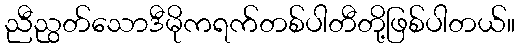
ညီညွတ်သောဒီမိုကရက်တစ်ပါတီတို့ဖြစ်ပါတယ်။